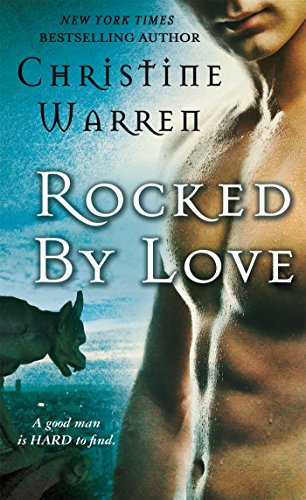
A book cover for Rocked by Love (Gargoyles Series); Christine Warren; Romance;